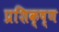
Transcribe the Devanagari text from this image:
प्रशिक्ष्ण